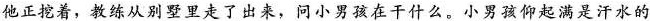
他正挖着，教练从别墅里走了出来，问小男孩在干什么。小男孩仰起满是汗水的